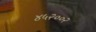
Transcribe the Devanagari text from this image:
४५२००२